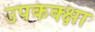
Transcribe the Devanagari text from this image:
उपकक्क्षा